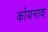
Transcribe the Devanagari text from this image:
कोयनाव